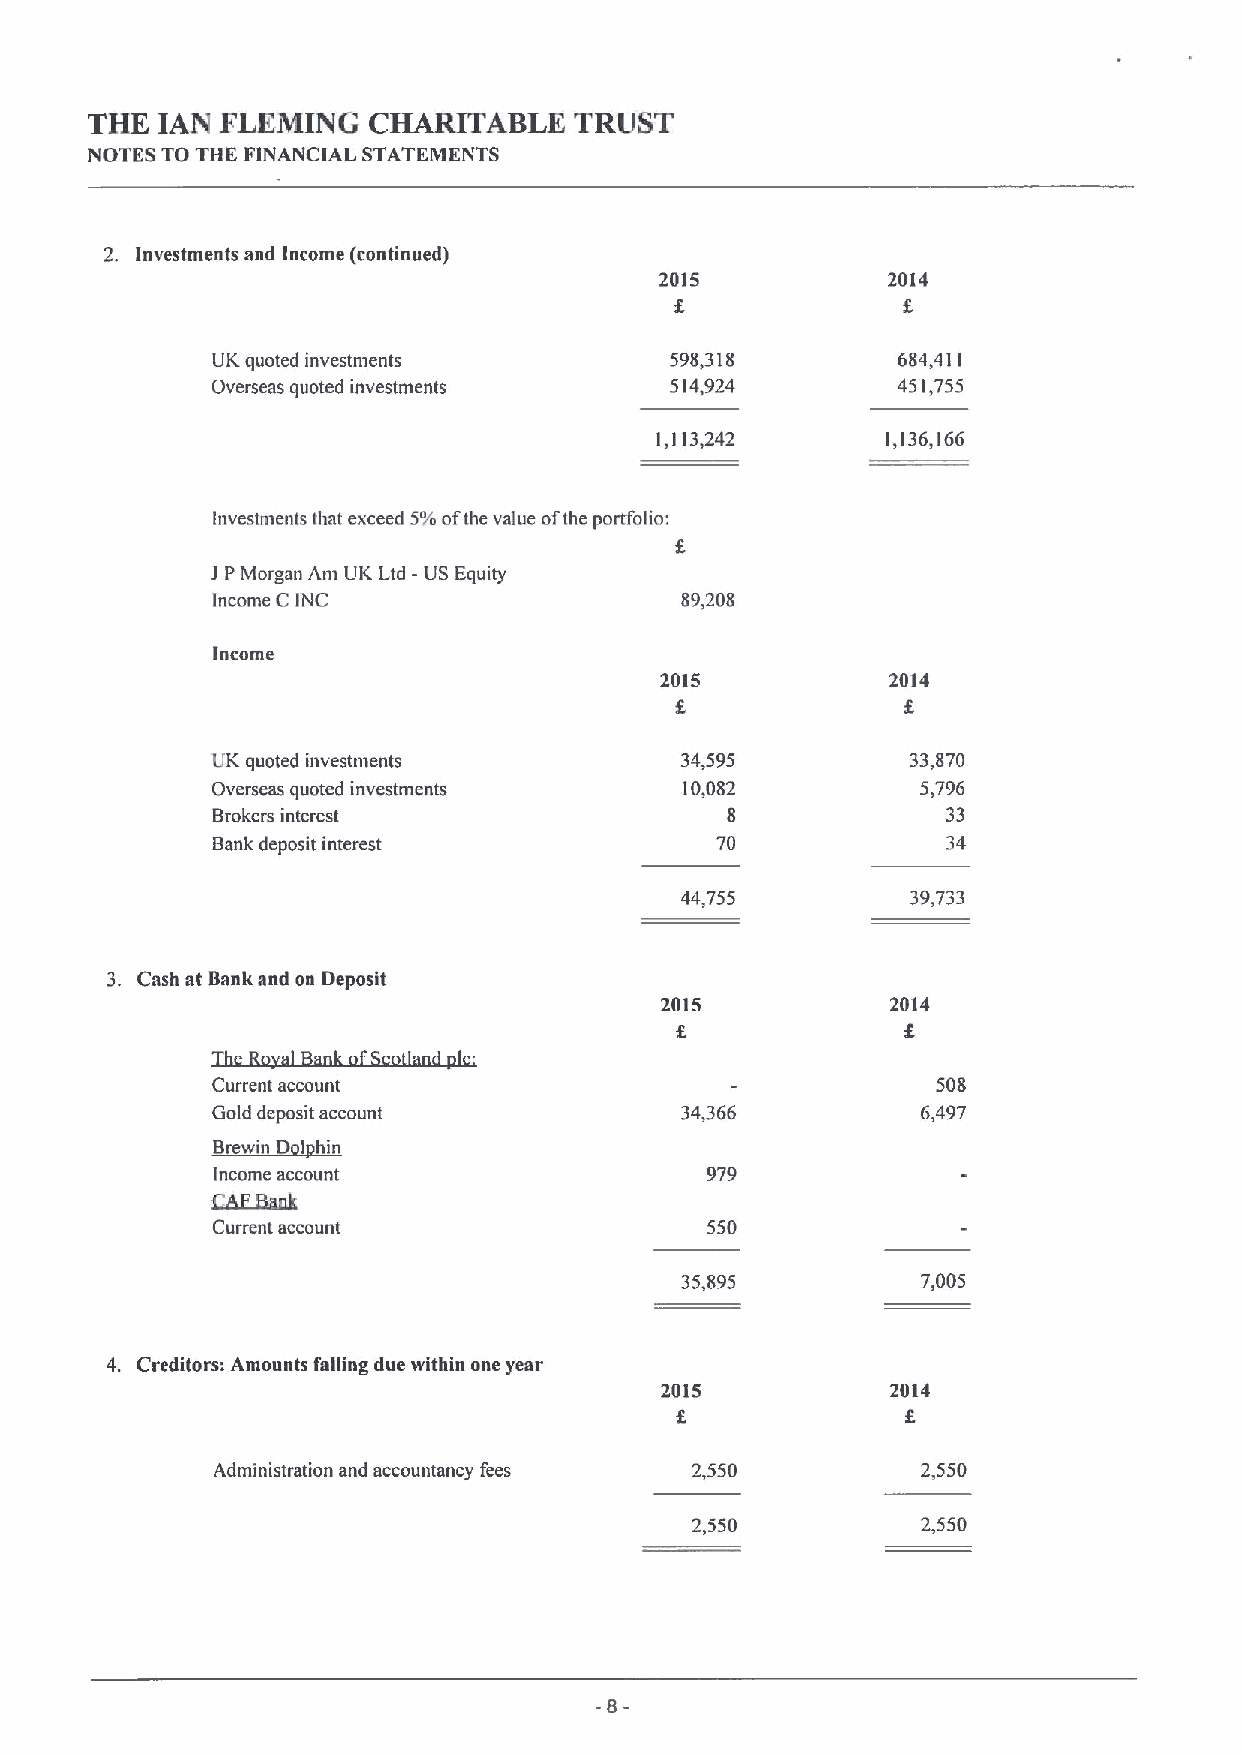
THE IAN  FLEMING  CHARITABLE    TRUST
 NOTES TO THE FINANCIAL STATEMENTS
 2. Investments and Income (continued)
 2015           2014
 UK quoted investments         598,318        684,411
 Overseas quoted investments   514,924        451,755
 1,113,242       1,136,166
 htvestments that exceed 5%ofthe value ofthe portfolio:
 1PMorgan Am UK Ltd -US Equity
 Income C INC                   89,208
 Income
 2015           2014
 8
 UK quoted investments          34,595         33,870
 Overseas quoted investments    10,082          5,796
 Brokers interest                  8              33
 Bank deposit interest            70              34
 44,755         39,733
 3. Cash at Bank and on Deposit
 2015           2014
 Current account                                 508
 Gold deposit account           34,366          6,497
 ~
 ~B    I t I
 Income account                   979
 CikE338nk
 Current account                  550
 35,895          7,005
 4. Creditors: Amounts fnBing due within one year
 2015           2014
 Administration and accountancy fees 2,550      2,550
 2,550          2,550